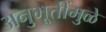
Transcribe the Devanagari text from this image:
अनुभूतींमुळे